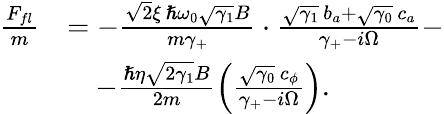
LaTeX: \begin{array}{rl}{\frac{F_{fl}}{m}}&{=-\frac{\sqrt 2\xi\, \hslash\omega_{0}\sqrt{\gamma_{1}}B}{m\gamma_{+}}\cdot\frac{\sqrt{\gamma_{1}}\, b_{a}+\sqrt{\gamma_{0}}\, c_{a}}{\gamma_{+}-i\Omega}-}\\ &{\quad-\frac{\hslash\eta\sqrt{2\gamma_{1}}B}{2m}\left(\frac{\sqrt{\gamma_{0}}\, c_{\phi}}{\gamma_{+}-i\Omega}\right).}\end{array}